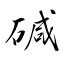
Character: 碱